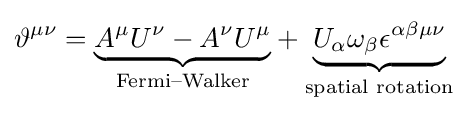
\vartheta ^{\mu \nu }={\underset {\text{Fermi–Walker}}{\underbrace {A^{\mu }U^{\nu }-A^{\nu }U^{\mu }} }}+{\underset {\mathrm {\text{spatial rotation}} }{\underbrace {U_{\alpha }\omega _{\beta }\epsilon ^{\alpha \beta \mu \nu }} }}